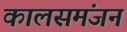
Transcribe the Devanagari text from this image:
कालसमंजन